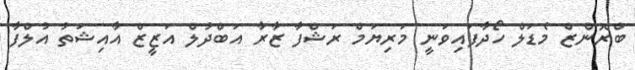
ބްރޮންޒް މެޑަލް ހޯދާފައިވަނީ މަރިޔަމް ރަޝްފާ ޒާރާ އަބްދުލް އަޒީޒް އާއިޝަތު އުލްފާ